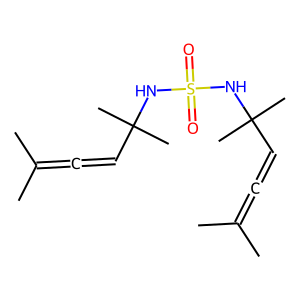
SMILES: CC(C)=C=CC(C)(C)NS(=O)(=O)NC(C)(C)C=C=C(C)C
Inhibits HIV replication: No